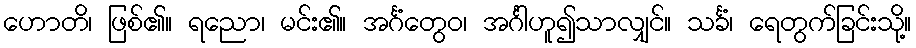
ဟောတိ၊ ဖြစ်၏။ ရညော၊ မင်း၏။ အင်္ဂံတွေဝ၊ အင်္ဂါဟူ၍သာလျှင်။ သင်္ခံ၊ ရေတွက်ခြင်းသို့။